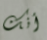
أنك